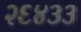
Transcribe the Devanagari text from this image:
२६४३३